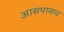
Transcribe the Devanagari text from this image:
आसपासच